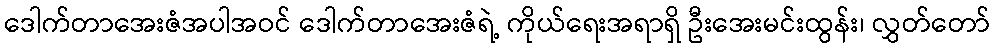
ဒေါက်တာအေးဇံအပါအဝင် ဒေါက်တာအေးဇံရဲ့ ကိုယ်ရေးအရာရှိ ဦးအေးမင်းထွန်း၊ လွှတ်တော်